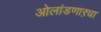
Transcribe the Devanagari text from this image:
ओलांडणाऱ्या